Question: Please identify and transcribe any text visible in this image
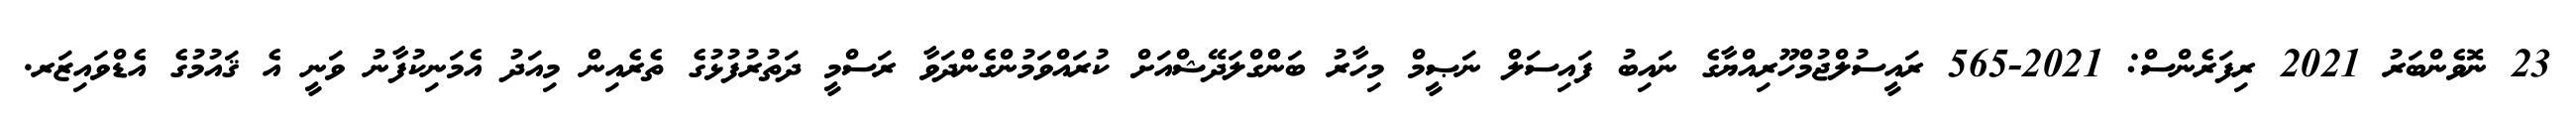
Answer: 23 ނޮވެންބަރު 2021 ރިފަރެންސް: 2021-565 ރައީސުލްޖުމްހޫރިއްޔާގެ ނައިބު ފައިސަލް ނަޞީމް މިހާރު ބަންގްލަދޭޝްއަށް ކުރައްވަމުންގެންދަވާ ރަސްމީ ދަތުރުފުޅުގެ ތެރެއިން މިއަދު އެމަނިކުފާނު ވަނީ އެ ޤައުމުގެ އެޑްވައިޒަރ.